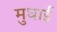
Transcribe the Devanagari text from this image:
मुधाई